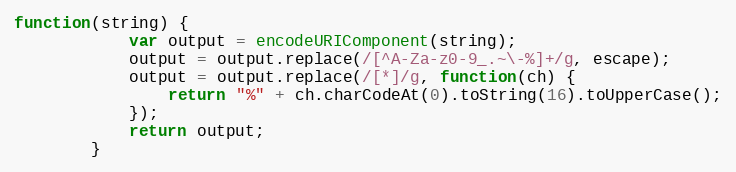
Language: JavaScript
function(string) {
            var output = encodeURIComponent(string);
            output = output.replace(/[^A-Za-z0-9_.~\-%]+/g, escape);
            output = output.replace(/[*]/g, function(ch) {
                return "%" + ch.charCodeAt(0).toString(16).toUpperCase();
            });
            return output;
        }